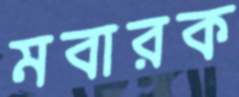
মবারক